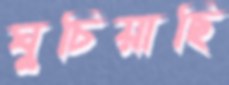
ঘুচিয়াছি